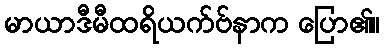
မာယာဒီမီထရိယက်ဗ်နာက ပြော၏။